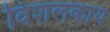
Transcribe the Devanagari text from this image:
विशलकाय